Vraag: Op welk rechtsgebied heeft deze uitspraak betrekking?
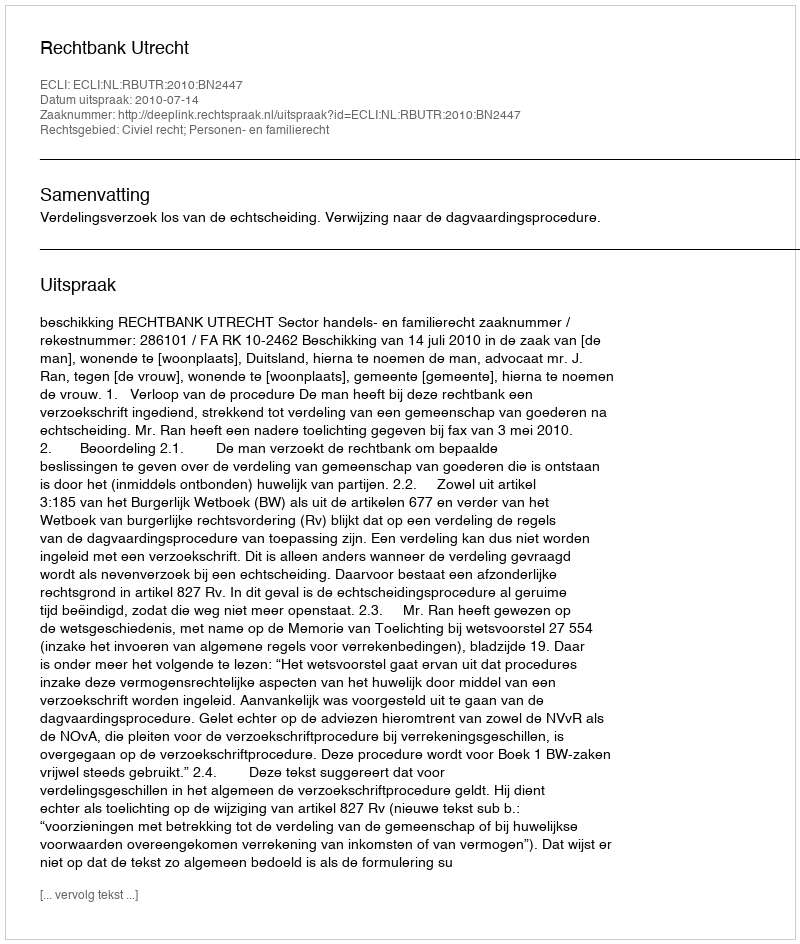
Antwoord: Civiel recht; Personen- en familierecht